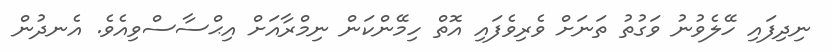
ނިދިފައި ހޭލެވުނު ވަގުތު ތަނަށް ވެރިވެފައި އޮތް ހިމޭންކަން ނިމްރާއަށް އިޙްސާސްވިއެވެ. އެނދުން